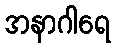
အနာဂါရေ